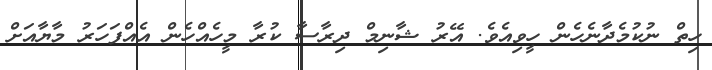
ހިތް ނުކުމެދާނެހެން ހީވިއެވެ. އޭރު ޝާނިމް ދިރާސާ ކުރާ މީހެއްހެން އެއްފަހަރު މާޔާއަށް